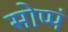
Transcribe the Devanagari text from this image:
सोप्पं